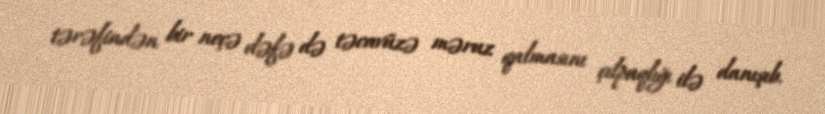
tərəfindən bir neçə dəfə də təcavüzə məruz qalmasını çılpaqlığı ilə danışıb.